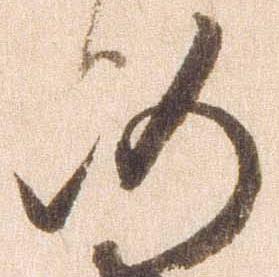
仍